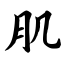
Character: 肌